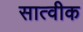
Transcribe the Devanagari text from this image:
सात्वीक